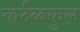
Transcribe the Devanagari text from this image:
कर्दळकुल